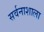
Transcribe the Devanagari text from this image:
सर्वनाशाला